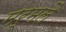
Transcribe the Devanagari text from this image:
मर्मलै